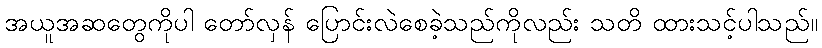
အယူအဆတွေကိုပါ တော်လှန် ပြောင်းလဲစေခဲ့သည်ကိုလည်း သတိ ထားသင့်ပါသည်။